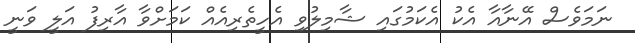
ނަމަވެސް އޭނާއާ އެކު އެކަމުގައި ޝާމިލުވި އެހީތެރިއެއް ކަމަށްވާ އާރިފު އަލީ ވަނީ